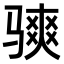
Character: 𫘭